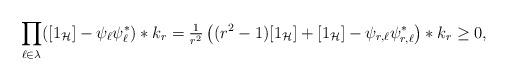
LaTeX: \begin{align*} \prod_{\ell\in\lambda} ([1_{\mathcal H}]-\psi_\ell\psi_\ell^*)*k_r = \tfrac{1}{r^2} \left((r^2-1)[1_{\mathcal H}] + [1_{\mathcal H}] - \psi_{r,\ell}\psi_{r,\ell}^*\right)*k_r \geq 0, \end{align*}